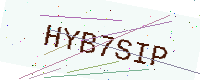
Text: HYB7SIP